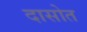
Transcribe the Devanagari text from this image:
दासोत